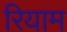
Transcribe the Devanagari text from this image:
रियाम